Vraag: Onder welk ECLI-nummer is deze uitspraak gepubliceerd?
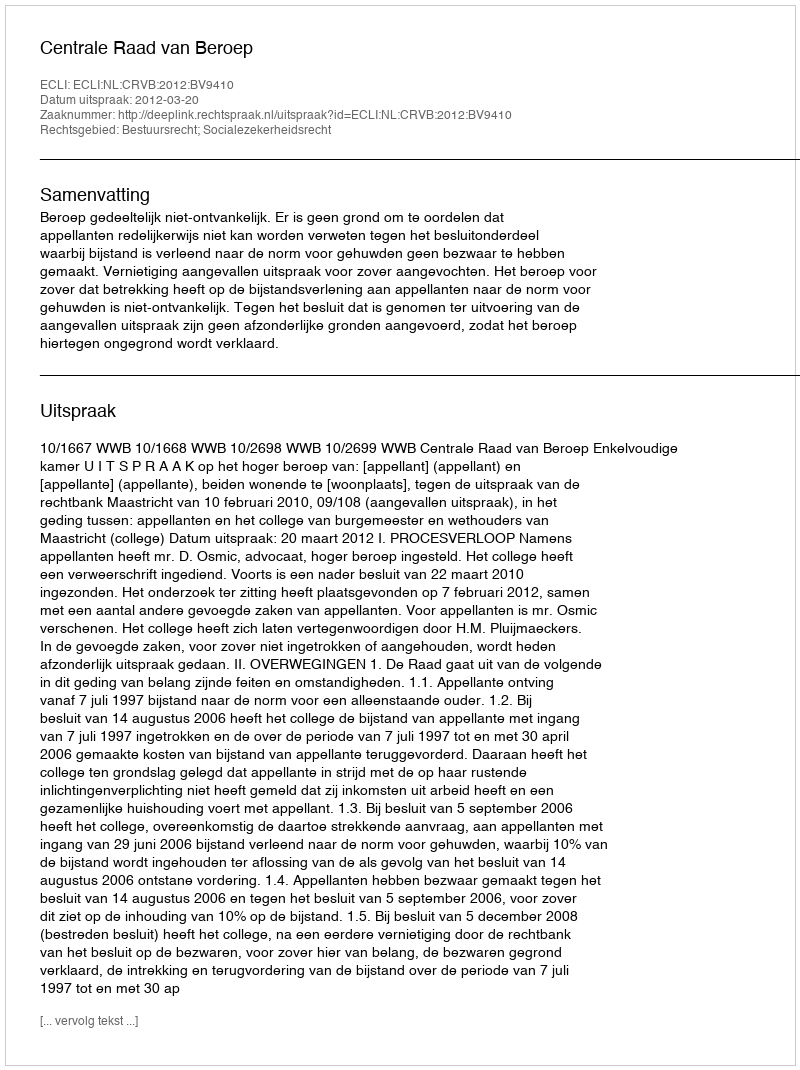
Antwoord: ECLI:NL:CRVB:2012:BV9410